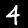
Digit: 4